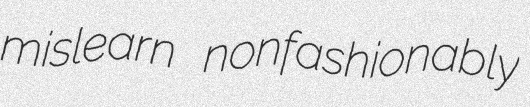
mislearn nonfashionably